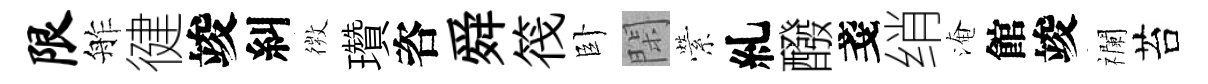
限舴徤竣糾𢕄瓚咨舜筏卧閑縈糺醱戔绡淹館竣襴苔